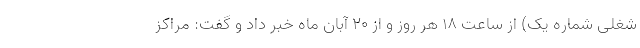
شغلی شماره یک) از ساعت ۱۸ هر روز و از ۲۰ آبان ماه خبر داد و گفت: مراکز